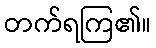
တက်ရကြ၏။